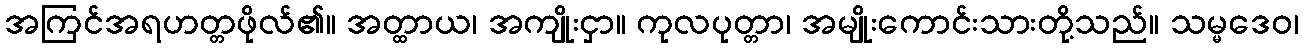
အကြင်အရဟတ္တဖိုလ်၏။ အတ္ထာယ၊ အကျိုးငှာ။ ကုလပုတ္တာ၊ အမျိုးကောင်းသားတို့သည်။ သမ္မဒေဝ၊